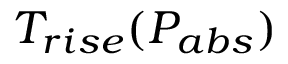
T _ { r i s e } ( P _ { a b s } )